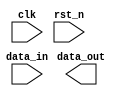
// This program was cloned from: https://github.com/intel/aib-phy-hardware
// License: Apache License 2.0

// SPDX-License-Identifier: Apache-2.0
// Copyright (C) 2019 Intel Corporation. All rights reserved
//****************************************************************************************
//  2011 Altera Corporation. All rights reserved.
//
//****************************************************************************************

//------------------------------------------------------------------------
// Description: 28-nm standard cell harden FF synchronizer
//
// Note on RESET_VAL:
// if a "set" or "reset" type synchronizer should be used. If RESET_VAL evaluates
// to zero, a reset type synchronizer is chosen. All other values of RESET_VAL
// will lead to a set type synchronizer
// 
// when multi-bit crossing is required (note: async handshake macros are also available and is
// usually recommended for multi-bit CDC - ensure your use case is fine with double-synchronizers
// if you choose this macro)
// 
// However, choosing this method excludes 1 use case: There's is no mechanism to choose individual
// reset value for each bit of a multi-bit signal through this macro. e.g: RESET_VAL == 3'b101 is 
// not supported. It is assumed that this use case is not required for users of this macro
//
//------------------------------------------------------------------------

module altr_hps_bitsync
  #(
    parameter DWIDTH = 1'b1,    // Sync Data input
    //parameter SYNCSTAGE = 2, // Sync stages
    parameter RESET_VAL = 1'b0  // Reset value
    )
    (
    input  wire              clk,     // clock
    input  wire              rst_n,   // async reset
    input  wire [DWIDTH-1:0] data_in, // data in
    output wire [DWIDTH-1:0] data_out // data out
     );

`ifdef ALTR_HPS_INTEL_MACROS_OFF

   // End users may pass in RESET_VAL with a width exceeding 1 bit
   // Evaluate the value first and use 1 bit value
   localparam RESET_VAL_1B = (RESET_VAL == 'd0) ? 1'b0 : 1'b1;

   reg [DWIDTH-1:0]  dff2;
   reg [DWIDTH-1:0]  dff1;

   always @(posedge clk or negedge rst_n)
      if (!rst_n) begin
         dff2     <= {DWIDTH{RESET_VAL_1B}}; 
         dff1     <= {DWIDTH{RESET_VAL_1B}}; 
      end
      else begin
         dff2     <= dff1;
         dff1     <= data_in;
      end

   // data_out has to be a wire since it needs to also hook up to the TSMC cell
   assign data_out = dff2;

`else


`endif

endmodule // altr_hps_bitsync